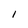
Character: i